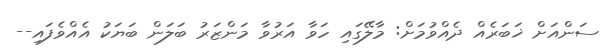
ސަންއަށް ޚަބަރެއް ދެއްވުމަށް: މާލޭގައި ހަވާ އަރުވާ މަންޒަރު ބަލަން ބަޔަކު އެއްވެފައި--